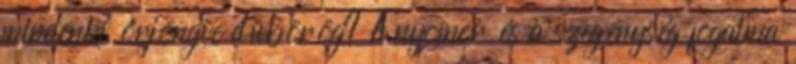
mindenki őrjöngve dübörög? A nyomor és a szegénység fogalma